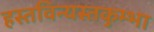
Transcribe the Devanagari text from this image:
हस्तविन्यस्तकुम्भा